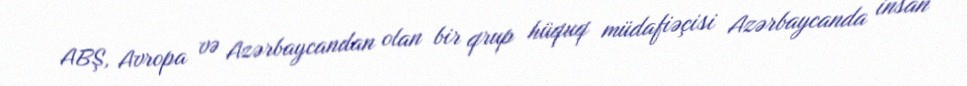
ABŞ, Avropa və Azərbaycandan olan bir qrup hüquq müdafiəçisi Azərbaycanda insan